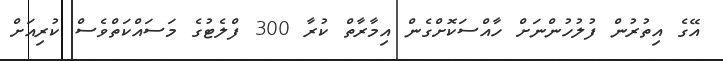
އޭގެ އިތުރުން ފުލުހުންނަށް ހާއްސަކޮށްގެން އިމާރާތް ކުރާ 300 ފްލެޓުގެ މަސައްކަތްވެސް ކުރިއަށް